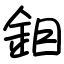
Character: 鉬